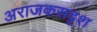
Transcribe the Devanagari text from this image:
अराजकसदृश